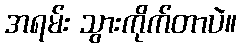
အရမ်း သွားကိုက်တာပဲ။